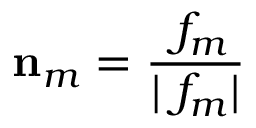
\mathbf { n } _ { m } = \frac { \mathbf { \nabla } f _ { m } } { | \mathbf { \nabla } f _ { m } | }